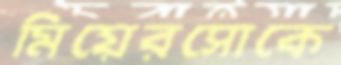
মিয়েরসোকে